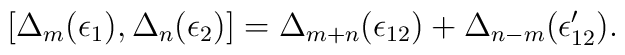
[\Delta_{m} (\epsilon_1), \Delta_{n} (\epsilon_2)] =\Delta_{m + n} (\epsilon_{12}) + \Delta_{n - m}(\epsilon'_{12}).